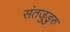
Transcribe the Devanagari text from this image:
संतजुडुरु